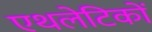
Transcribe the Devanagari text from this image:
एथलेटिकों